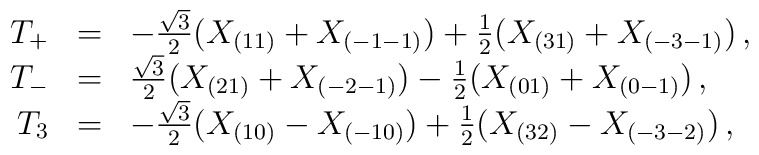
\begin{array}{rcl}T_+ &=& -{\sqrt 3\over2}(X_{(11)}+X_{(-1-1)})+{1\over 2}(X_{(31)}+X_{(-3-1)})\,, \\T_- &=& {\sqrt3\over 2}(X_{(21)}+X_{(-2-1)})-{1\over2}(X_{(01)}+X_{(0-1)})\,, \\T_3 &=& -{\sqrt{3}\over 2}(X_{(10)}-X_{(-10)})+{1\over2}(X_{(32)}-X_{(-3-2)})\,, \end{array}